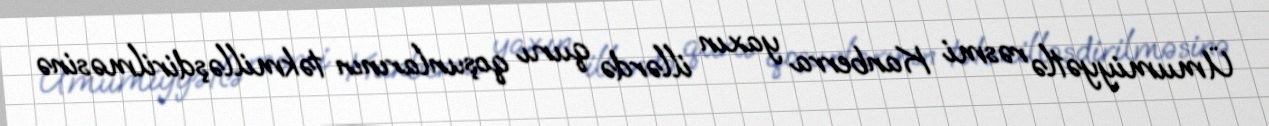
Ümumiyyətlə rəsmi Kanberra yaxın illərdə quru qoşunlarının təkmilləşdirilməsinə